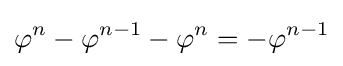
\varphi ^{n}-\varphi ^{n-1}-\varphi ^{n}=-\varphi ^{n-1}